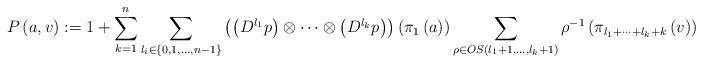
LaTeX: \begin{align*}P\left( a,v\right) :=1+\sum_{k=1}^{n}\sum_{l_{i}\in \left\{ 0,1,\dots,n-1\right\} }\left( \left( D^{l_{1}}p\right) \otimes \cdots \otimes \left(D^{l_{k}}p\right) \right) \left( \pi _{1}\left( a\right) \right) \sum_{\rho\in OS\left( l_{1}+1,\dots ,l_{k}+1\right) }\rho ^{-1}\left( \pi_{l_{1}+\cdots +l_{k}+k}\left( v\right) \right) \end{align*}